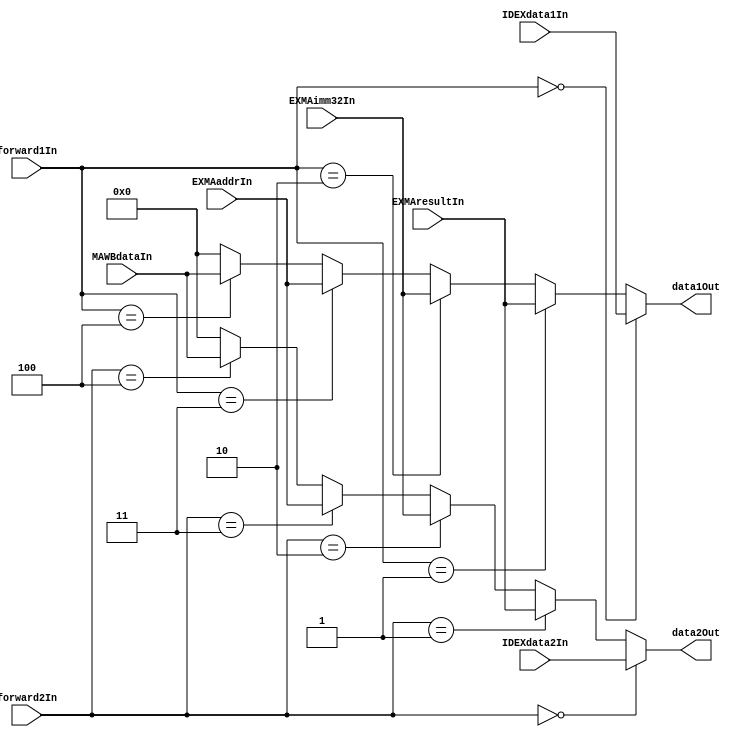
module FWDMUX(
  input[31:0]      IDEXdata1In,
  input[31:0]      IDEXdata2In,
  input[31:0]      EXMAresultIn,  //from EXMA
  input[31:0]      EXMAimm32In,
  input[31:0]      EXMAaddrIn,
  input[31:0]      MAWBdataIn,
  input[2:0]       forward1In,
  input[2:0]       forward2In,
  output reg[31:0] data1Out,
  output reg[31:0] data2Out
);

  always @(IDEXdata1In,EXMAresultIn,EXMAimm32In,EXMAaddrIn,MAWBdataIn,forward1In) begin
    if      (forward1In==0) data1Out<=IDEXdata1In;
    else if (forward1In==1) data1Out<=EXMAresultIn;
    else if (forward1In==2) data1Out<=EXMAimm32In;
    else if (forward1In==3) data1Out<=EXMAaddrIn;
    else if (forward1In==4) data1Out<=MAWBdataIn;
    else                    data1Out<=0;
  end                         
  always @(IDEXdata2In,EXMAresultIn,EXMAimm32In,EXMAaddrIn,MAWBdataIn,forward2In) begin
    if      (forward2In==0) data2Out<=IDEXdata2In;
    else if (forward2In==1) data2Out<=EXMAresultIn;
    else if (forward2In==2) data2Out<=EXMAimm32In;
    else if (forward2In==3) data2Out<=EXMAaddrIn;
    else if (forward2In==4) data2Out<=MAWBdataIn;
    else                    data2Out<=0;
  end
endmodule